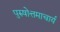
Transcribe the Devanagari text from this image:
पुरुषोत्तमाचार्य